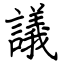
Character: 議